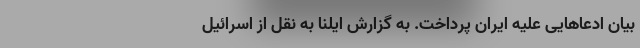
بیان ادعاهایی علیه ایران پرداخت.‌ به گزارش ایلنا به نقل از اسرائیل